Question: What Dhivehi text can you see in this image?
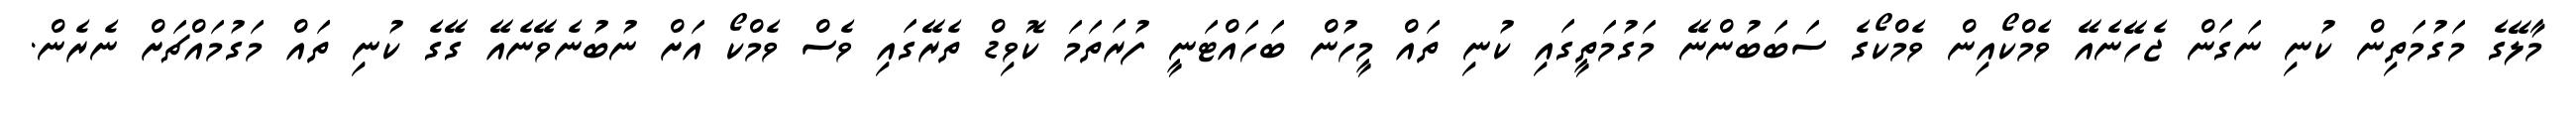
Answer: މާލޭގެ މަގުމަތިން ކުނި ނަގަން ޖެހޭނެއޭ ވެމްކޯއިން ވެމްކޯގެ ސަބަބުންނޭ މަގުމަތީގައި ކުނި ތައް މީހުން ބަހައްޓަނީ ފުރަތަމަ ކޮވިޑް ތެރޭގައި ވެސް ވެމްކޯ އަށް ނުބުނެވޭނެއޭ ގޭގެ ކުނި ތައް މަގުމައްޗަށް ނެރެން.